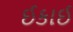
ઈકાઈ